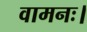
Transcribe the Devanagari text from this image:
वामनः।